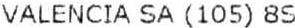
VALENCIA SA (105) 8S